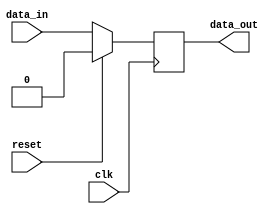
module synchronous_behavior (
    input wire clk,
    input wire reset,
    input wire data_in,
    output reg data_out
);

// Register data_out triggered on falling edge of clock
always @(negedge clk) begin
    if (reset) begin
        data_out <= 1'b0;
    end else begin
        data_out <= data_in;
    end
end

endmodule